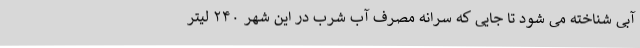
آبی شناخته می شود تا جایی که سرانه مصرف آب شرب در این شهر ۲۴۰ لیتر